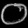
Digit: ၀